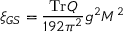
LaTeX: \xi _ { G S } = { \frac { \mathrm { T r } Q } { 1 9 2 \pi ^ { 2 } } } g ^ { 2 } M ^ { 2 }